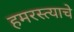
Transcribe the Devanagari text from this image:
हमरस्त्याचे